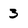
Character: 3